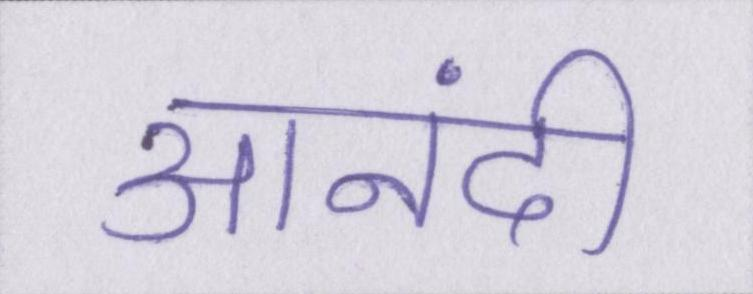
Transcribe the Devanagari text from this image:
आनंदी